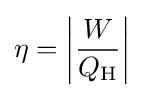
\eta =\left|{\frac {W}{Q_{\text{H}}}}\right|